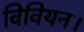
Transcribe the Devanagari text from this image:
विवियन।